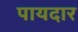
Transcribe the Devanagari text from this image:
पायदार